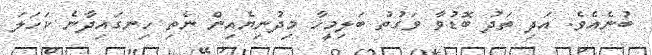
ބުނެއެވެ. އަދި ތަދު ބޮޑުވާ ވަގުތު ބަލިމީހާ މިދުނިޔެއިން ނެތި ހިނގައިދާނެ ކަހަލަ